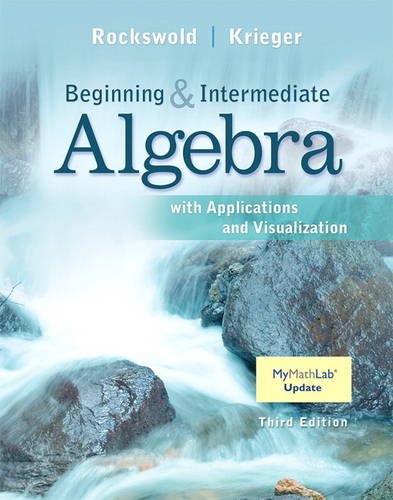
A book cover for Beginning and Intermediate Algebra with Applications & Visualization (3rd Edition); Gary K. Rockswold; Science & Math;